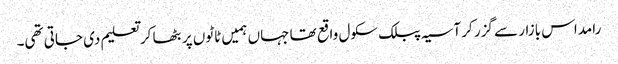
رامداس بازار سے گزر کر آسیہ پبلک سکول واقع تھا جہاں ہمیں ٹاٹوں پر بٹھا کر تعلیم دی جاتی تھی۔